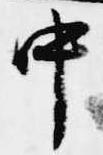
中